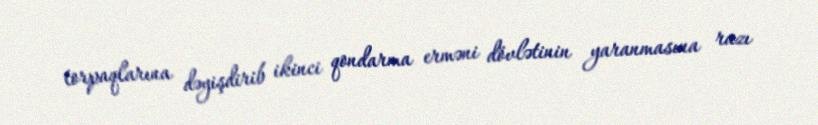
torpaqlarına dəyişdirib ikinci qondarma erməni dövlətinin yaranmasına razı